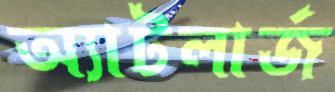
অ্যাটলার্জ